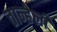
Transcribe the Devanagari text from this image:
तान्हेली